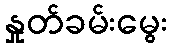
နှုတ်ခမ်းမွေး